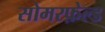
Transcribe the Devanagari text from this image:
सोमरफ़ेल्ड